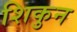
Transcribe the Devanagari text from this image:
शिकुन